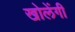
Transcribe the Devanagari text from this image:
खोलेंगी